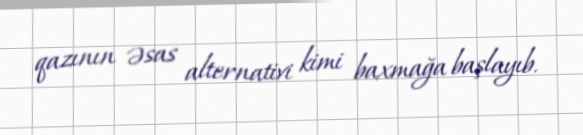
qazının əsas alternativi kimi baxmağa başlayıb.